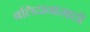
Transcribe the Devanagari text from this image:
बलिदानासाठी